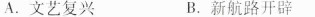
A.文艺复兴 B.新航路开辟